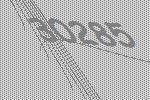
30285